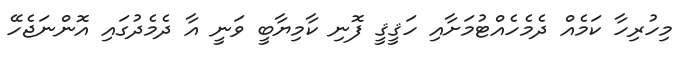
މިހުރިހާ ކަމެއް ދެމެހެއްޓުމަށާއި ހަޤީޤީ ފޮނި ކާމިޔާބީ ވަނީ އާ ދެމެދުގައި އޮންނަޖެހޭ